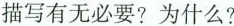
描写有无必要?为什么?